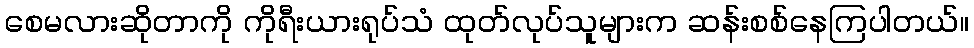
စေမလားဆိုတာကို ကိုရီးယားရုပ်သံ ထုတ်လုပ်သူများက ဆန်းစစ်နေကြပါတယ်။